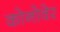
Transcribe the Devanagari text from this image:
कोनोवेर